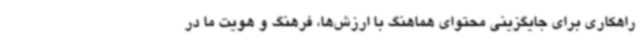
راهکاری برای جایگزینی محتوای هماهنگ با ارزش‌ها، فرهنگ و هویت ما در